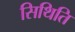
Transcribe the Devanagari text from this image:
सिथिति